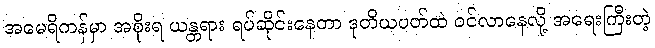
အမေရိကန်မှာ အစိုးရ ယန္တရား ရပ်ဆိုင်းနေတာ ဒုတိယပတ်ထဲ ဝင်လာနေလို့ အရေးကြီးတဲ့